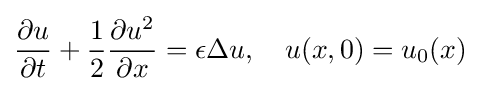
{\frac {\partial u}{\partial t}}+{\frac {1}{2}}{\frac {\partial u^{2}}{\partial x}}=\epsilon \Delta u,\quad u(x,0)=u_{0}(x)